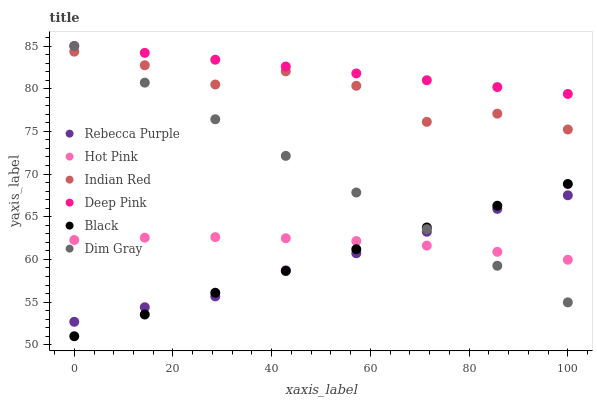
| xaxis_label | Rebecca Purple | Hot Pink | Indian Red | Deep Pink | Black | Dim Gray |
 | --- | --- | --- | --- | --- | --- | --- |
 | 0 | 52.7 | 62.3 | 84.3 | 85 | 51 | 85 |
 | 14.3 | 54.4 | 62.5 | 82.7 | 84.2 | 53.5 | 80.7 |
 | 28.6 | 55.7 | 62.6 | 80.5 | 83.4 | 56.1 | 76.4 |
 | 42.9 | 58.7 | 62.5 | 82 | 82.6 | 58.6 | 72.1 |
 | 57.1 | 60.7 | 62.2 | 80.3 | 81.8 | 61.2 | 67.8 |
 | 71.4 | 63.2 | 61.6 | 76.1 | 81 | 63.7 | 63.6 |
 | 85.7 | 65.9 | 60.9 | 77.1 | 80.2 | 66.3 | 59.3 |
 | 100 | 67.5 | 60 | 75.2 | 79.4 | 68.8 | 55 |